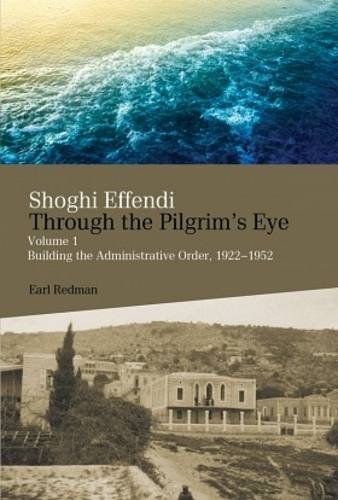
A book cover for Shoghi Effendi Through The Pilgrim s Eye: Building the Administrative Order, 1922-1952; Earl Redman; Religion & Spirituality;